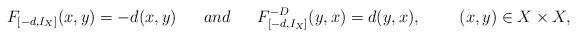
LaTeX: \begin{align*}F_{[-d,I_X]}(x,y)=-d(x,y)\ \ \ \ \ and\ \ \ \ \ F_{[-d,I_X]}^{-D}(y,x)=d(y,x),\ \ \ \ \ \ \ (x,y)\in X\times X,\end{align*}